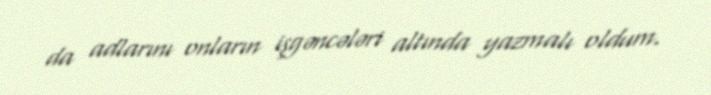
da adlarını onların işgəncələri altında yazmalı oldum.